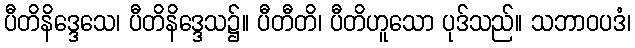
ပီတိနိဒ္ဒေသေ၊ ပီတိနိဒ္ဒေသ၌။ ပီတီတိ၊ ပီတိဟူသော ပုဒ်သည်။ သဘာဝပဒံ၊